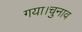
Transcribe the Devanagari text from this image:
गया।चुनाव